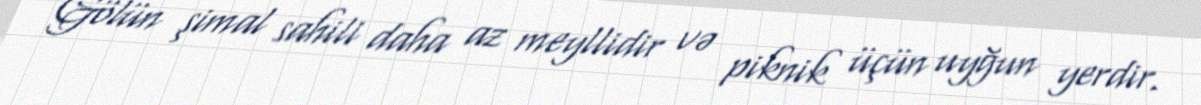
Gölün şimal sahili daha az meyllidir və piknik üçün uyğun yerdir.